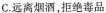
C. 远离烟酒，拒绝毒品